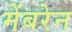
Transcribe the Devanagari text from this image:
मेंबरेन